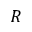
R